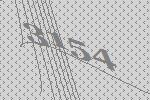
3154